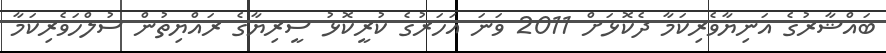
ބައްޝާރުގެ އަނިޔާވެރިކަމާ ދެކޮޅަށް 2011 ވަނަ އަހަރުގެ ކުރީކޮޅު ސީރިޔާގެ ރައްޔިތުން ސުލްހަވެރިކަމާ